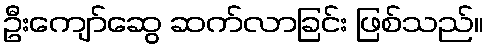
ဦးကျော်ဆွေ ဆက်လာခြင်း ဖြစ်သည်။